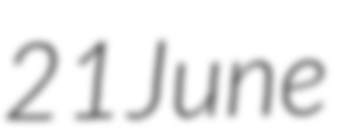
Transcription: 21 June